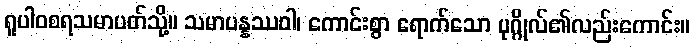
ရူပါဝစရသမာပတ်သို့။ သမာပန္နဿဝါ၊ ကောင်းစွာ ရောက်သော ပုဂ္ဂိုလ်၏လည်းကောင်း။